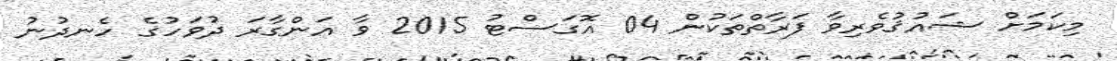
މިކަމަށް ޝައުޤުވެރިވާ ފަރާތްތަކުން 04 އޮގަސްޓު 2015 ވާ އަންގާރަ ދުވަހުގެ ހެނދުނު